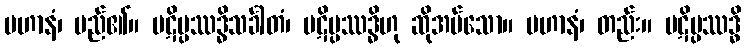
ပဟာနံ၊ မည်၏။ ပဋိပ္ပဿဒ္ဓိသင်္ခါတံ၊ ပဋိပ္ပဿဒ္ဓိဟု ဆိုအပ်သော။ ပဟာနံ၊ တည်း။ ပဋိပ္ပဿဒ္ဓိ